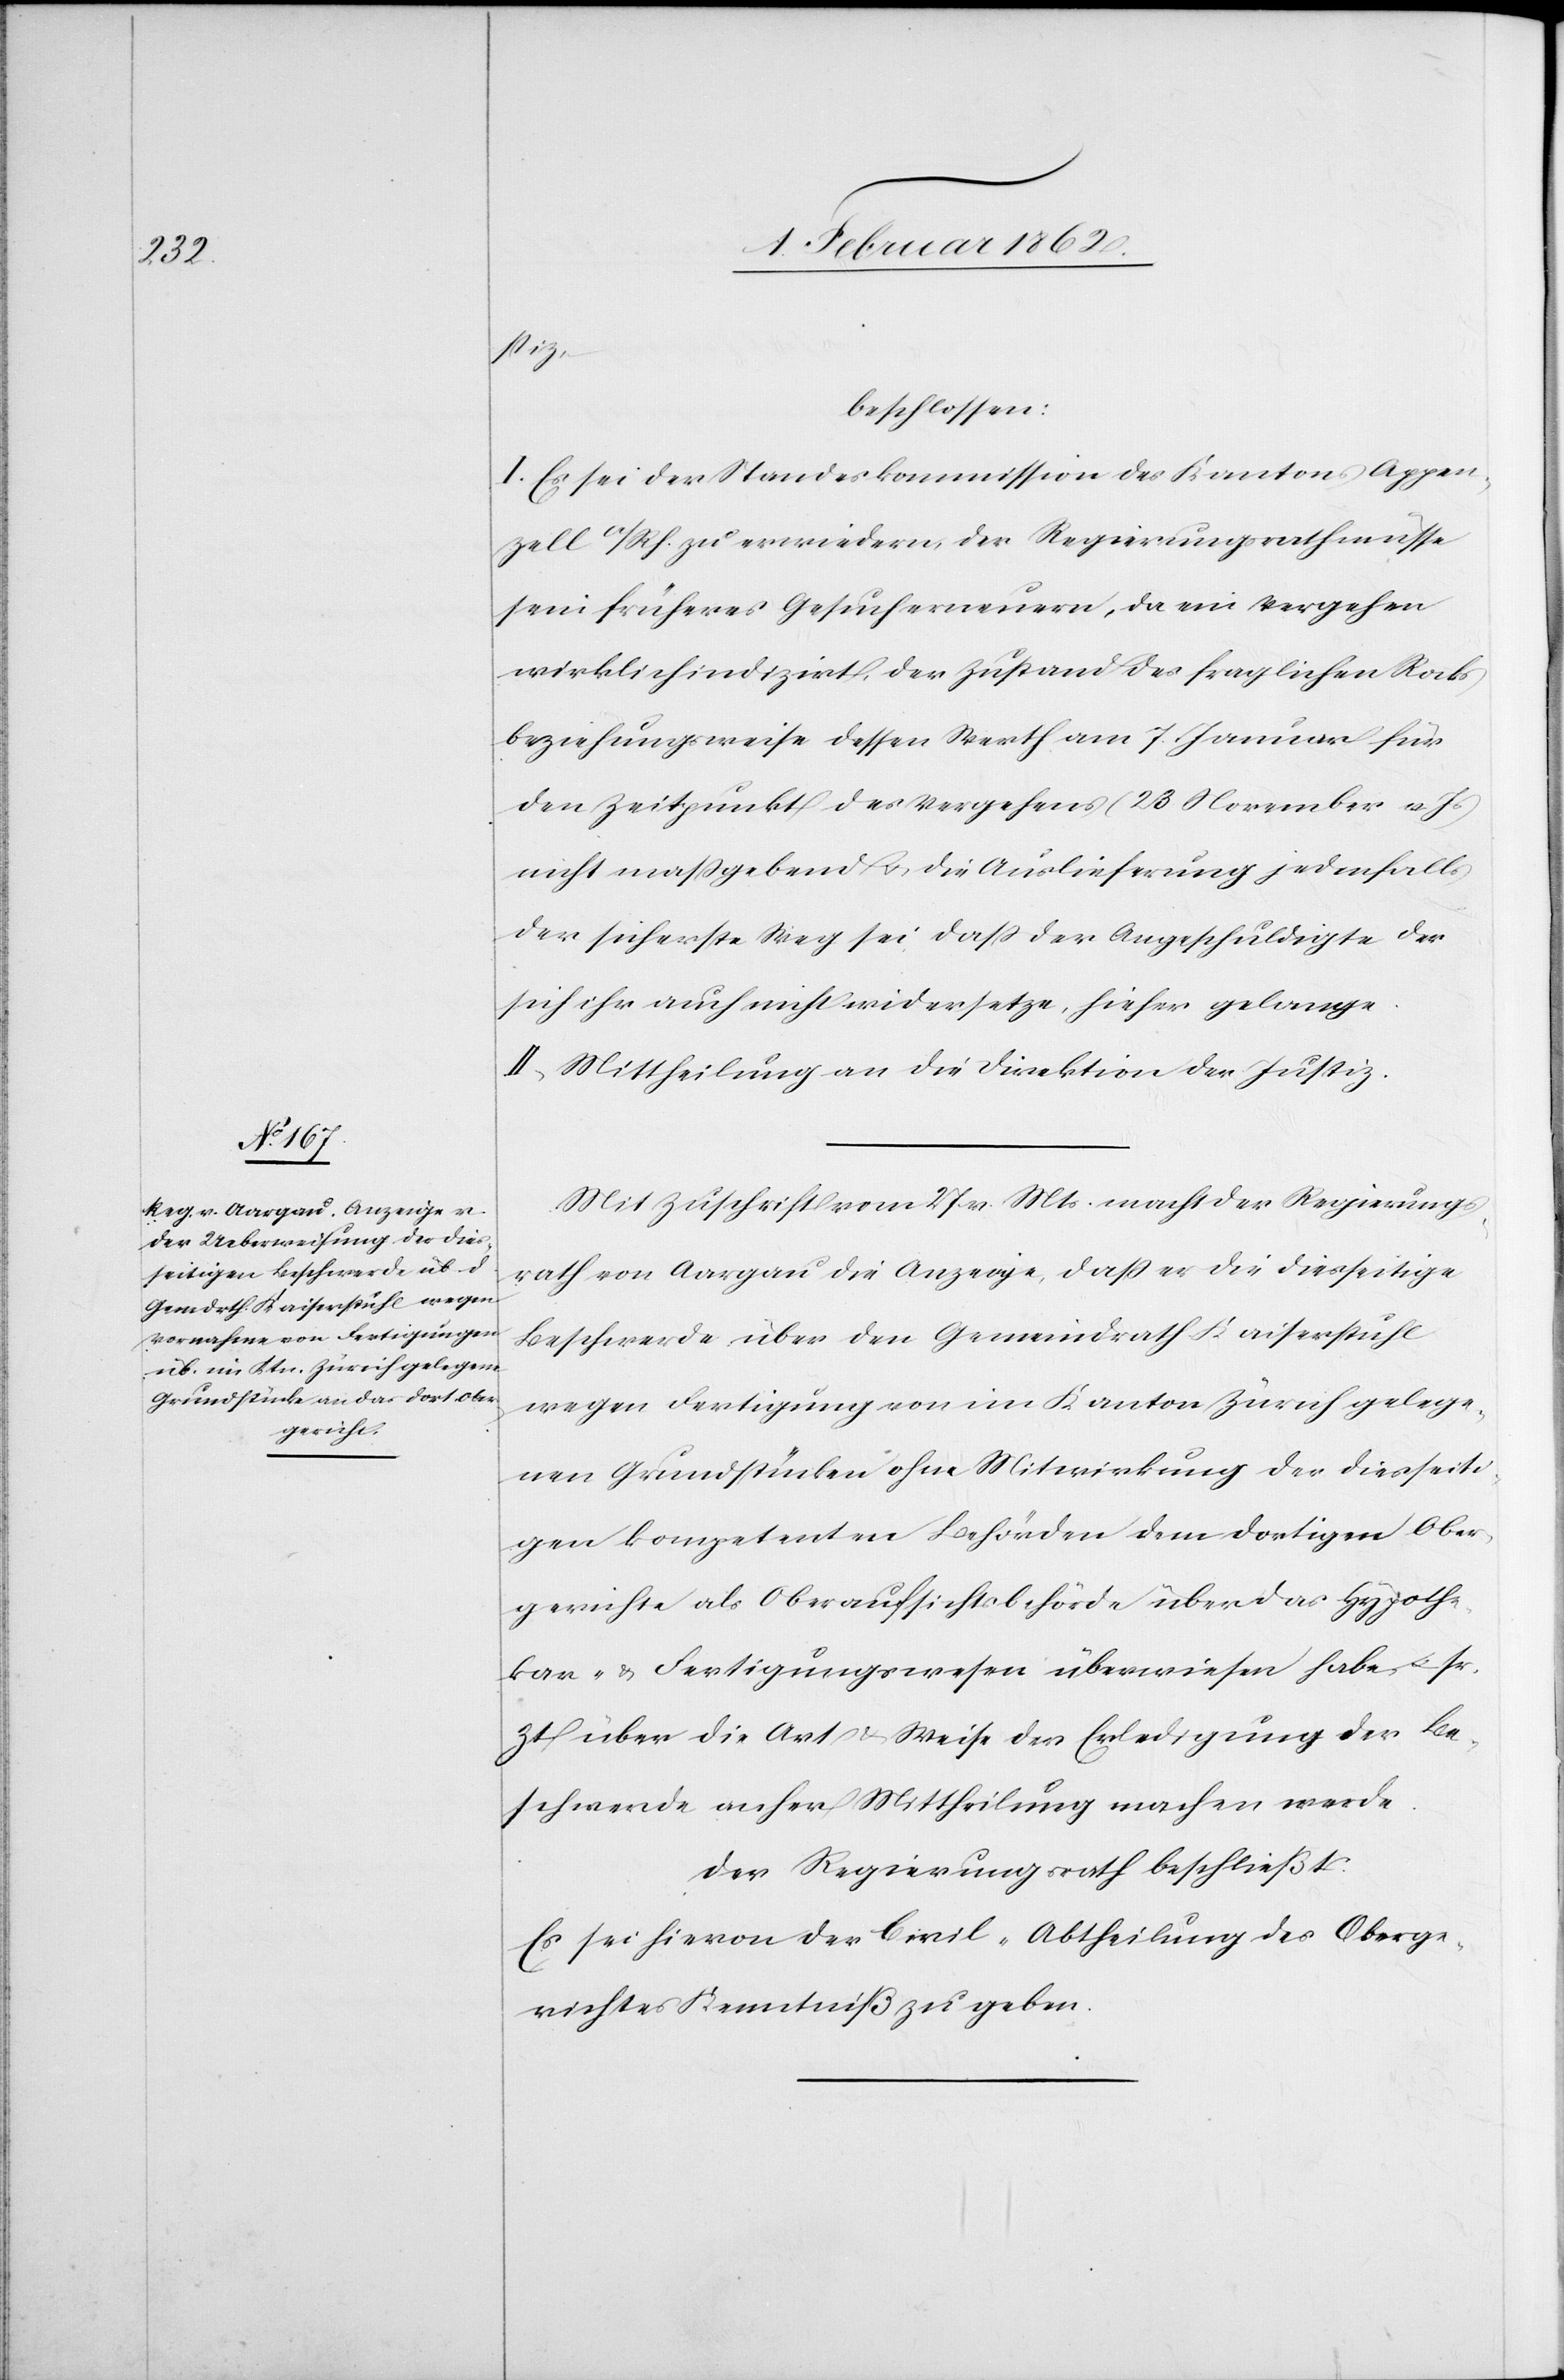
stiz
beschlossen:
I. Es sei der Standeskommission des Kantons Appen¬
zell a/Rh. zu erwiedern, der Regierungsrath müsse
sein früheres Gesuch erneuern, da ein Vergehen
wirklich indizirt, der Zustand des fraglichen Rocks
beziehungsweise dessen Werth am 7. Januar für
den Zeitpunkt des Vergehens (23 November v. Js)
nicht maßgebend u. die Auslieferung jedenfalls
der sicherste Weg sei daß der Angeschuldigte der
sich ihr auch nicht widersetze, hieher gelange.
II. Mittheilung an die Direktion der Justiz.
Mit Zuschrift vom 27. v. Mts. macht der Regierungs¬
rath von Aargau die Anzeige, daß er die diesseitige
Beschwerde über den Gemeindrath Kaiserstuhl
wegen Fertigung von im Kanton Zürich gelege¬
nen Grundstücken ohne Mitwirkung der diesseiti¬
gen kompetenten Behörden dem dortigen Ober¬
gerichte als Oberaufsichtsbehörde über das Hypothe¬
kar- & Fertigungswesen überwiesen habe u. sr.
Zt über die Art & Weise der Erledigung der Be¬
schwerde anher Mittheilung machen werde.
der Regierungsrath beschließt:
Es sei hievon der Civil-Abtheilung des Oberge¬
richtes Kenntniß zu geben.